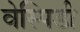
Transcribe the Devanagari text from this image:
वेस्पिडी